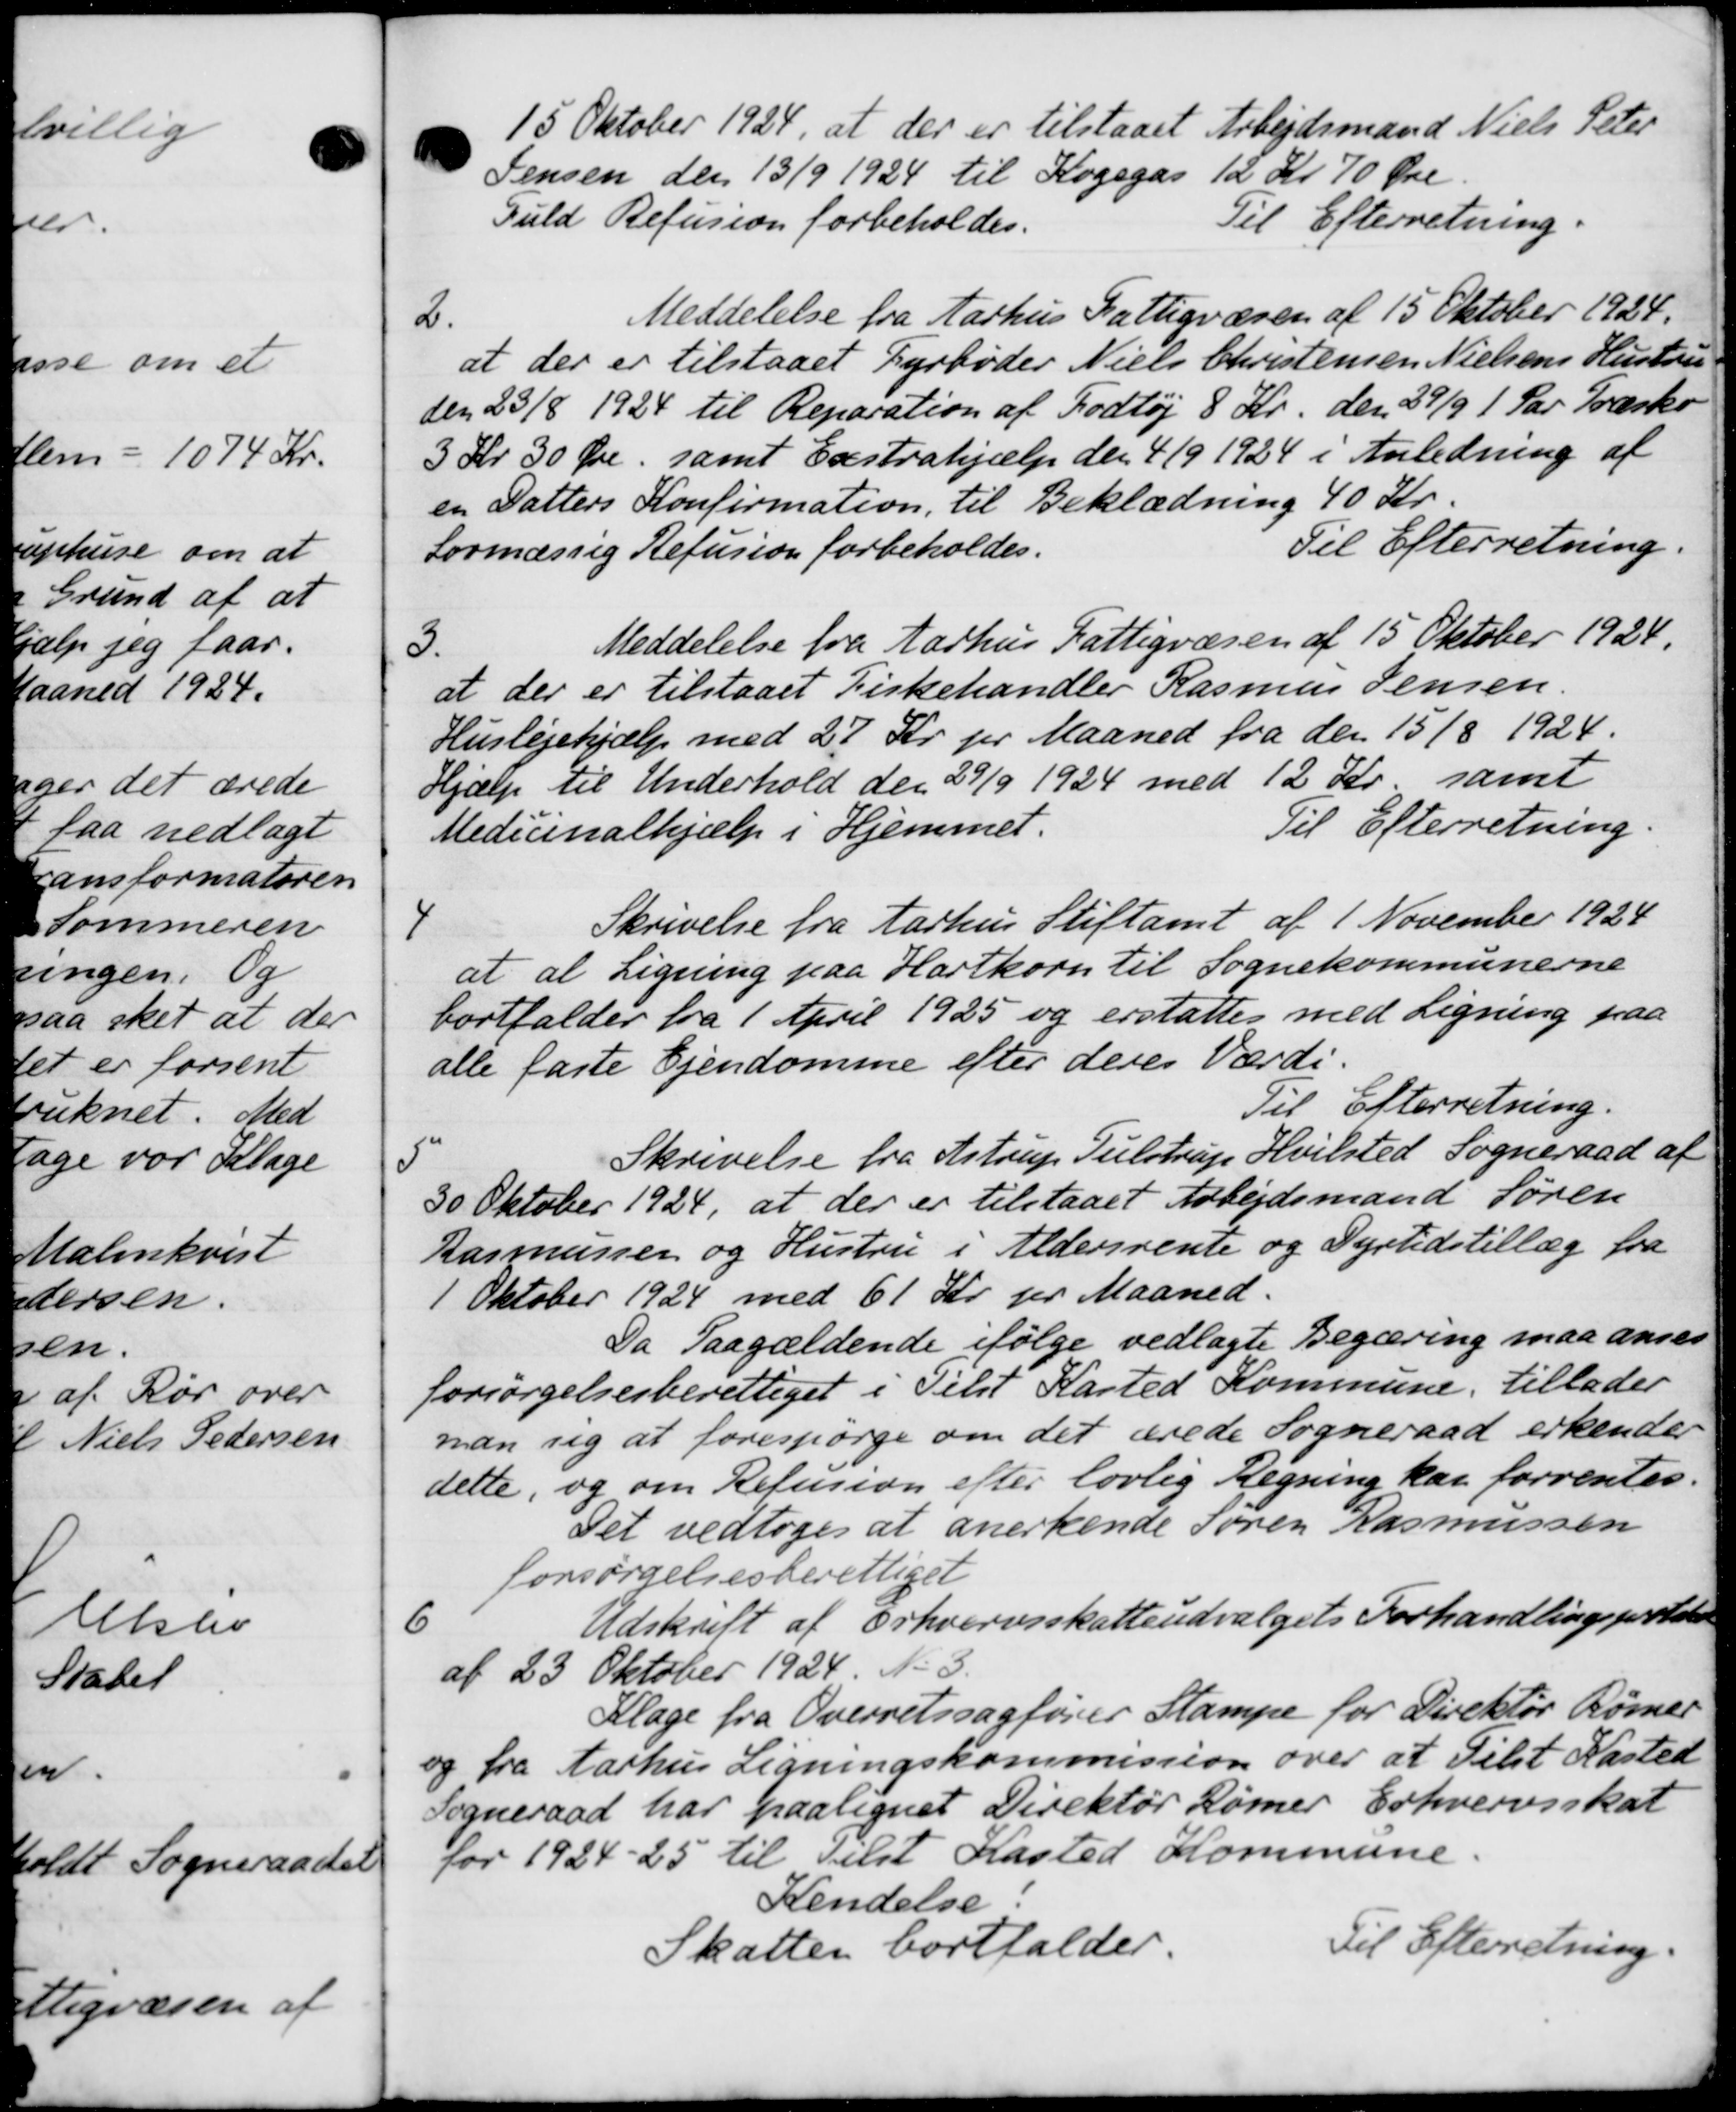
Transskription:
15 Oktober 1924, at der er tilstaaet Arbejdsmand Niels Peter
Jensen den 13/9 1924 til Kogegas 12 Kr. 70 Øre.
Fuld Refusion forbeholdes.
Til Efterretning.
2.
Meddelelse fra Aarhus Fattigvæsen af 15 Oktober 1924.
at der er tilstaaet Fyrbøder Niels Christensen Nielsens Hustru
den 23/8 1924 til Reparation af Fodtøj 8 Kr. den 29/9 1 Par Træsko
3 Kr 30 Øre, samt Exstrahjælp den 4/9 1924 i Anledning af
en Datters Konfirmation, til Beklædning 40 Kr.
Lovmæssig Refusion forbeholdes.
Til Efterretning.
3.
Meddelelse fra Aarhus Fattigvæsen af 15 Oktober 1924.
at der er tilstaaet Fiskehandler Rasmus Jensen.
Huslejehjælp med 27 Kr. pr. Maaned fra den 15/8 1924.
Hjælp til Underhold den 29/9 1924 med 12 Kr., samt
Medicinalhjælp i Hjemmet.
Til Efterretning
4
Skrivelse fra Aarhus Stiftamt af 1 November 1924
at at Ligning paa Hartkorn til Sognekommunerne
bortfalder fra 1 April 1925 og erstattes med Ligning paa
alle faste Ejendomme efter deres Værdi.
Til Efterretning.

Skrivelse fra Astrup Tulstrup Hvilsted Sogneraad af
30 Oktober 1924, at der er tilstaaet Arbejdsmand Søren
Rasmussen og Hustru i Aldersrente og Dyrtidstillæg fra
1 Oktober 1924 med 61 Kr. pr. Maaned.
Da Paagældende ifølge vedlagte Begæring maa anses
forsørgelsesberettiget i Tilst Karted Kommune, tillader
man sig at forespørge om det ærede Sogneraad erkender
dette, og om Refusion efter lovlig Regning kar forrentes.
Det vedtoges at anerkende Søren Rasmussen
forsørgelsesberettiget
6
Udskrift af Erhvervsskatteudvalgets Forhandlingsprotoko
af 23 Oktober 1924 No 3.
Klage fra Overretssagfører Stampe for Direktør Rømer
og fra Aarhus Ligningskommission over at Tilst Kasted
Sogneraad har paalignet Direktør Rømer Erhvervsskat
for 1924-25 til Tilst Kasted Kommune.
Kendelse:
Skatten bortfalder.
Til Efterretning.